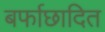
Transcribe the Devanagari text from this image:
बर्फाछादित